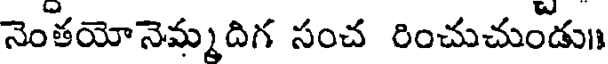
నెంతయోనెమ్మదిగ సంచ రించుచుండు॥